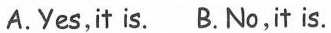
A.Yes,it is. B. No,it is.